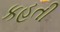
કહતી